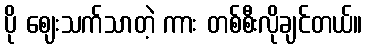
ပို ဈေးသက်သာတဲ့ ကား တစ်စီးလိုချင်တယ်။